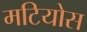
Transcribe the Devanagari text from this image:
मटियोस